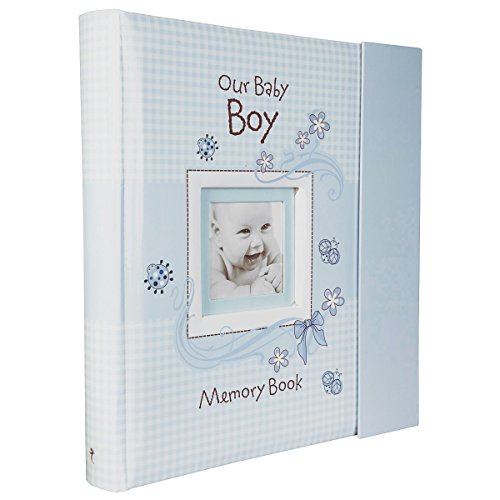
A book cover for Our Baby Boy Memory Book; Christian Art Gifts; Christian Books & Bibles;